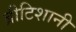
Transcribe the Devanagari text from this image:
ब्रीटिशानी